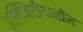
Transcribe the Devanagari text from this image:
अल्जिरीयातील